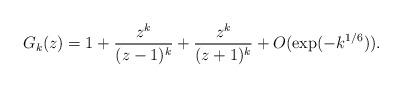
LaTeX: \begin{align*}G_k(z) = 1 + \frac{z^k}{(z-1)^k} + \frac{z^k}{(z+1)^k} + O(\exp(-k^{1/6})).\end{align*}